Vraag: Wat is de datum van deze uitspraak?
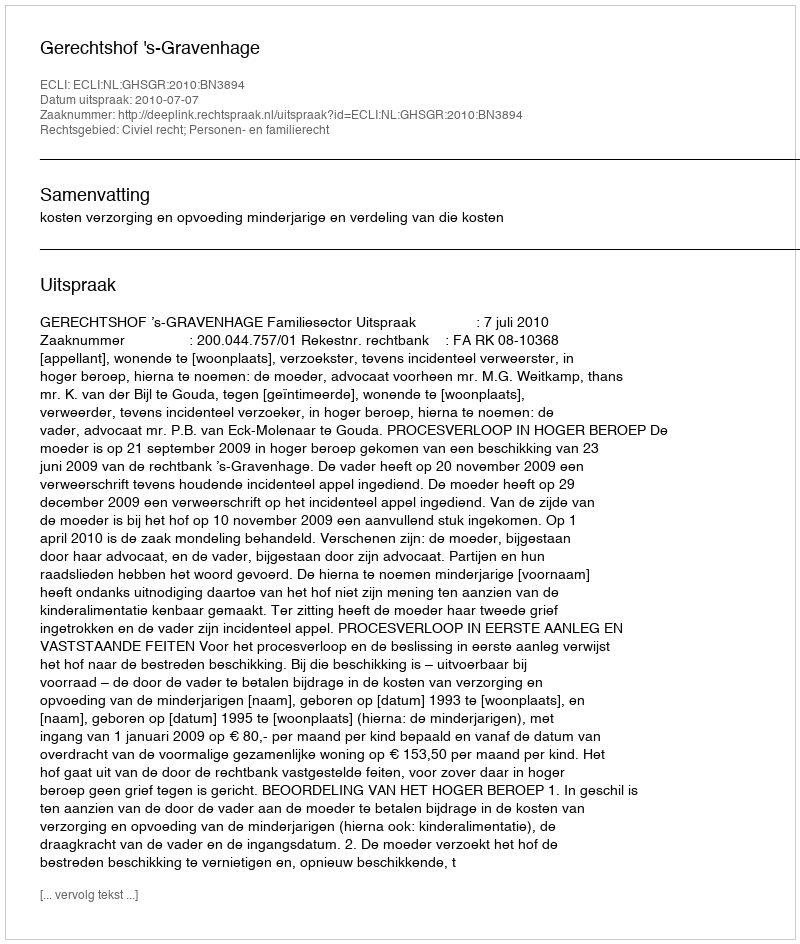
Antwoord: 2010-07-07